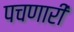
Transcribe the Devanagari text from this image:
पचणारी